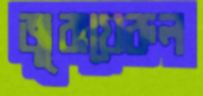
জুবায়েরুল